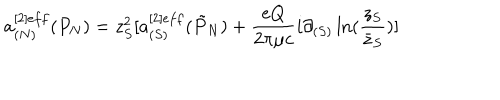
LaTeX: a _ { ( N ) } ^ { [ 2 ] e f f } ( P _ { N } ) = z _ { S } ^ { 2 } [ a _ { ( S ) } ^ { [ 2 ] e f f } ( \tilde { P } _ { N } ) + { \frac { e Q } { 2 \pi \mu c } } i \partial _ { ( S ) } \ln ( { \frac { z _ { S } } { \bar { z } _ { S } } } ) ]